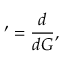
' = \frac { d } { d G } ,